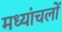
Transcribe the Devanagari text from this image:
मध्यांचलों